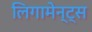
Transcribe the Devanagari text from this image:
लिगामेन्ट्स